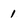
Character: 1